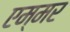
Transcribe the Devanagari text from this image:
एम्मर